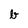
Character: b